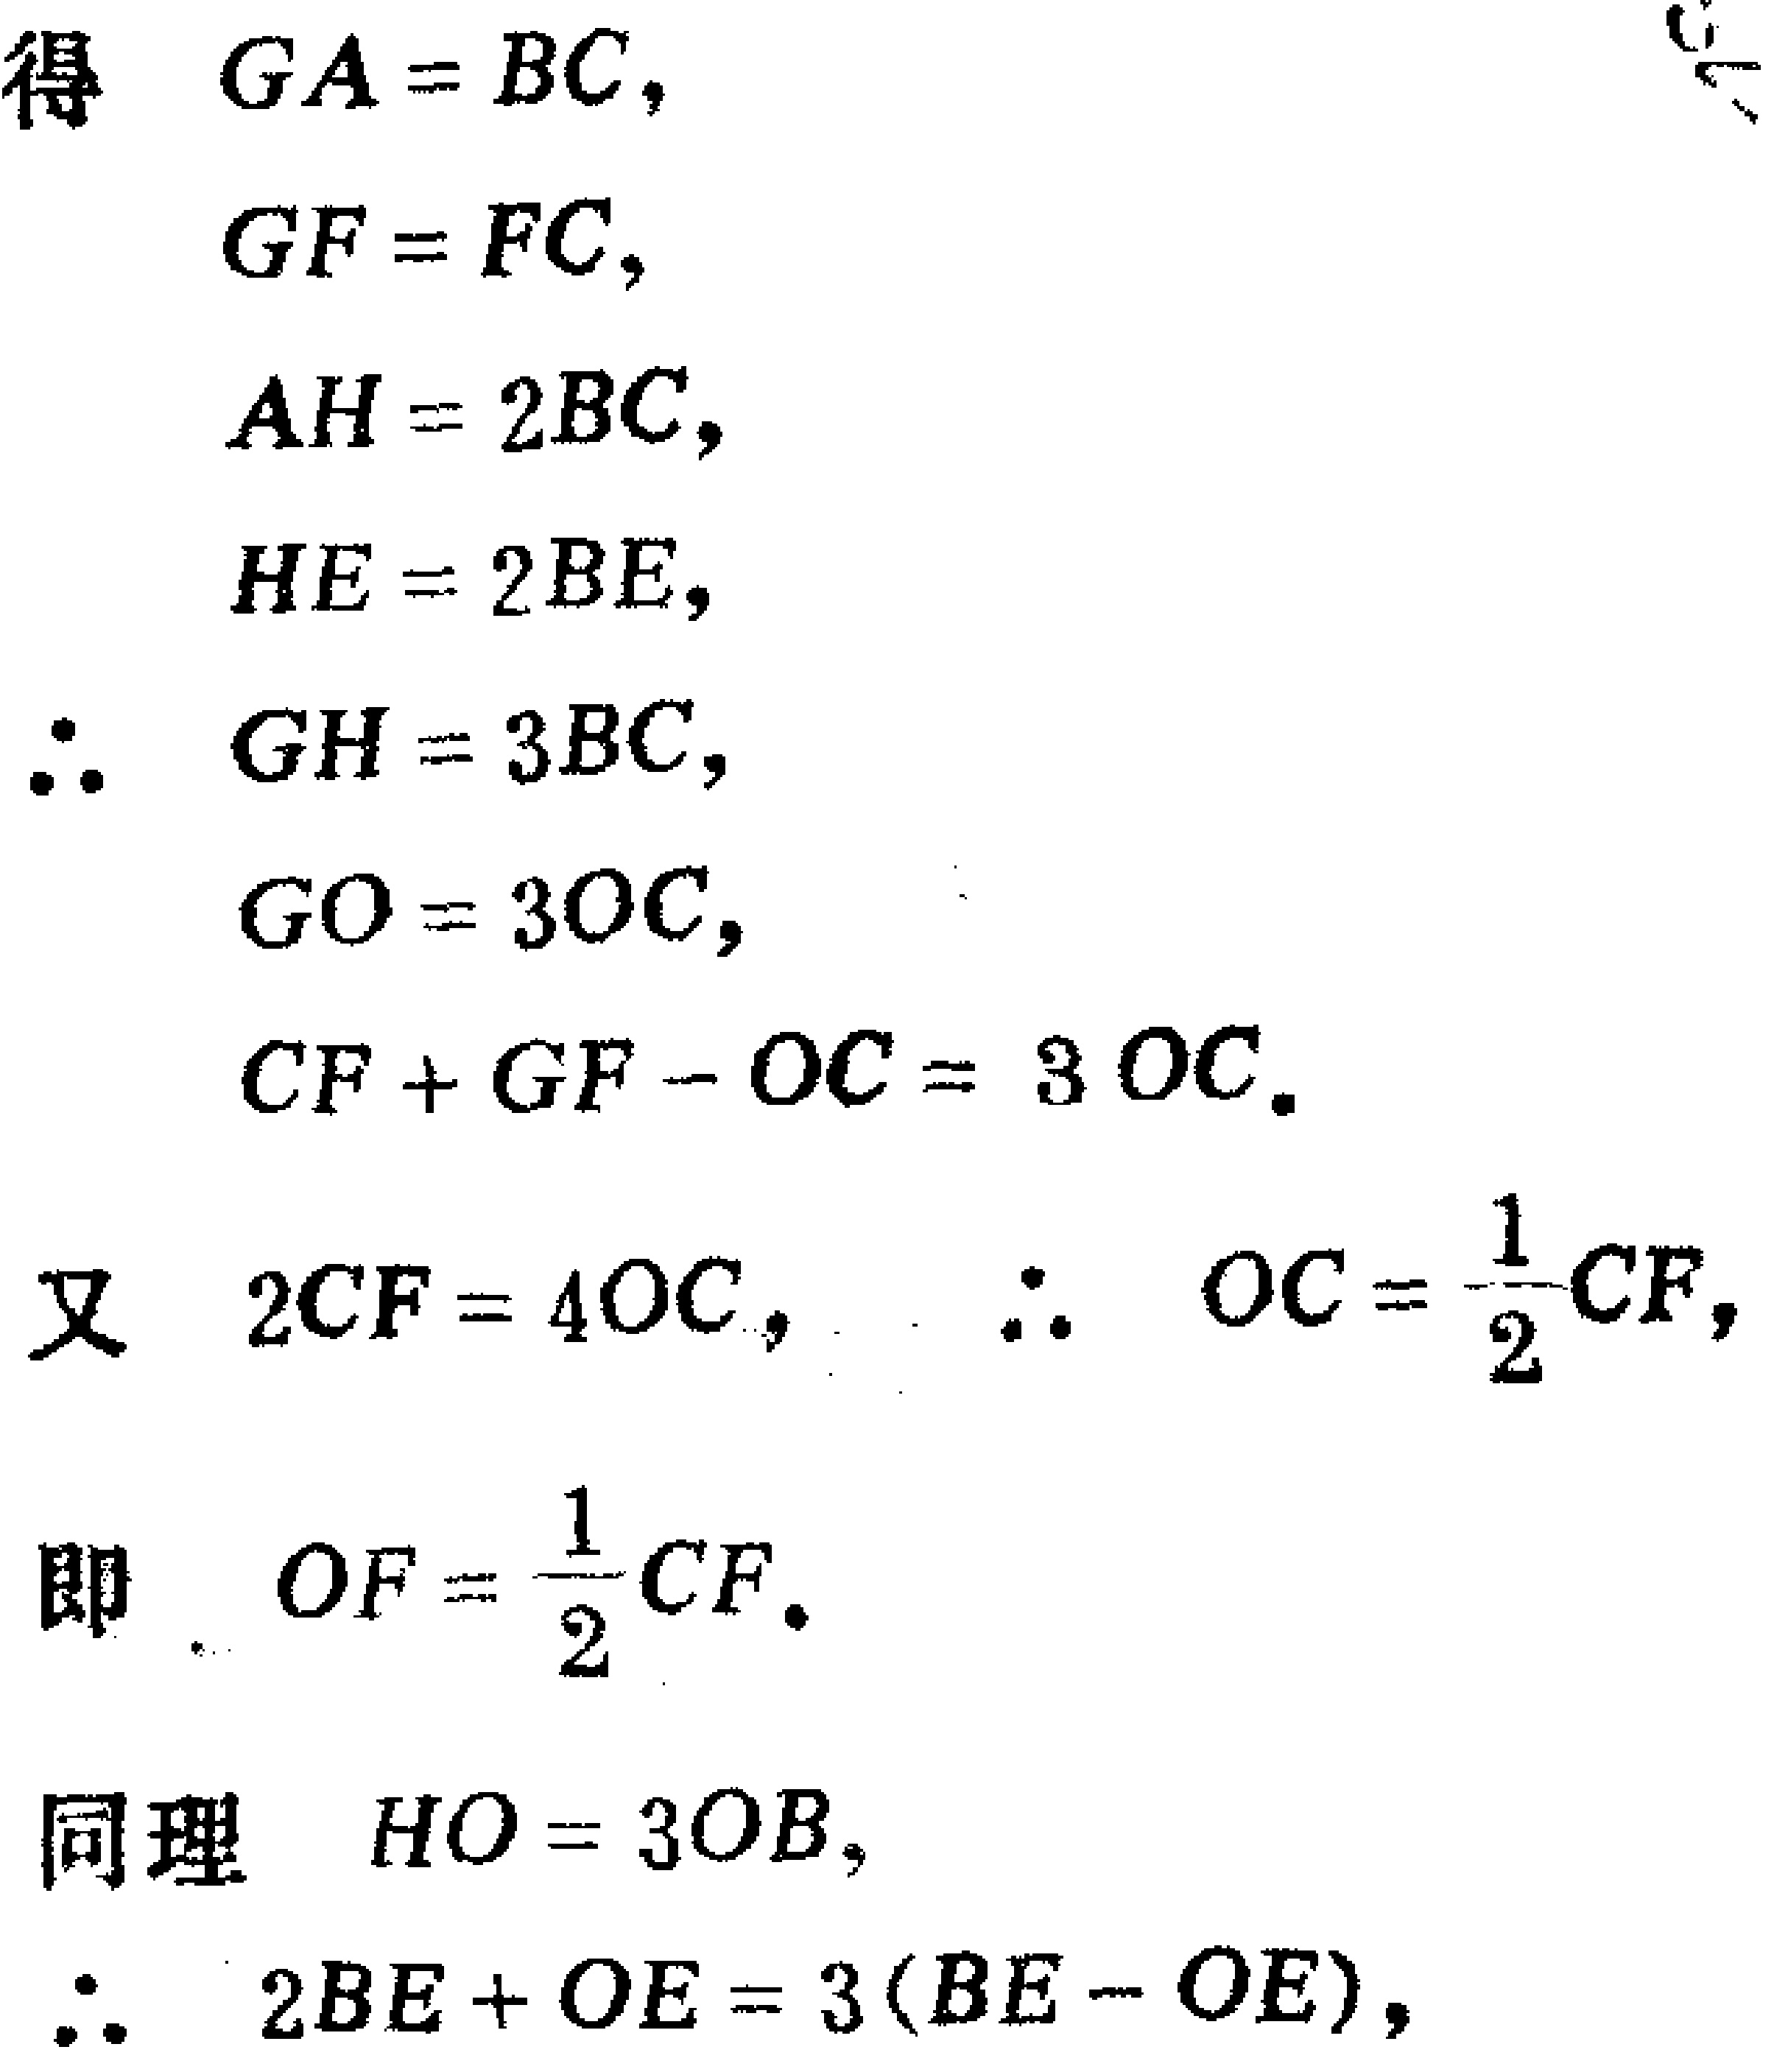
得 \(GA = BC\)，

\(GF = FC\)，

\(AH = 2BC\)，

\(HE = 2BE\)，

\(\therefore GH = 3BC\)，

\(GO = 3OC\)，

\(CF + GF - OC = 3OC\).

又 \(2CF = 4OC\)， \(\therefore OC=\frac{1}{2}CF\)，

即 \(OF=\frac{1}{2}CF\).

同理 \(HO = 3OB\)，

\(\therefore 2BE + OE = 3(BE - OE)\)，